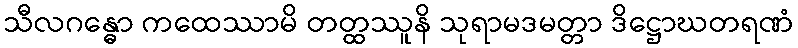
သီလဂန္ဓော ကထေဿာမိ တတ္ထဿူနိ သုရာမဒမတ္တာ ဒိဋ္ဌောဃတရဏံ